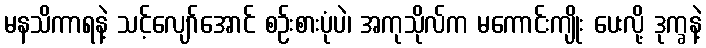
မနသိကာရနဲ့ သင့်လျော်အောင် စဉ်းစားပုံပဲ၊ အကုသိုလ်က မကောင်းကျိုး ပေးလို့ ဒုက္ခနဲ့